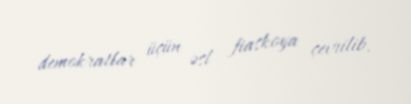
demokratlar üçün əsl fiaskoya çevrilib.